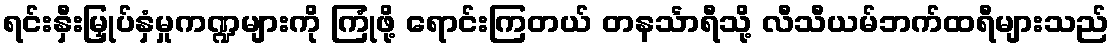
ရင်းနှီးမြှုပ်နှံမှုကဏ္ဍများကို ကြုံဖို့ ရောင်းကြတယ် တနင်္သာရီသို့ လီသီယမ်ဘက်ထရီများသည်